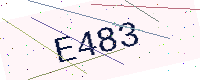
Text: E483